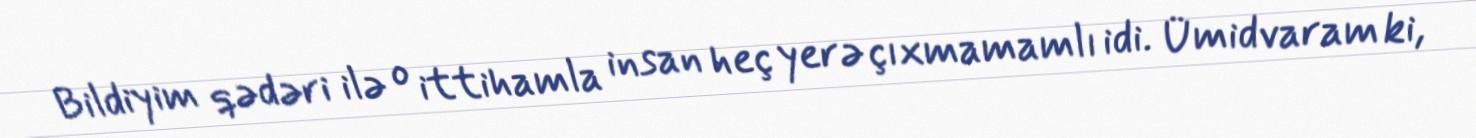
Bildiyim qədəri ilə o ittihamla insan heç yerə çıxmamamlı idi. Ümidvaram ki,